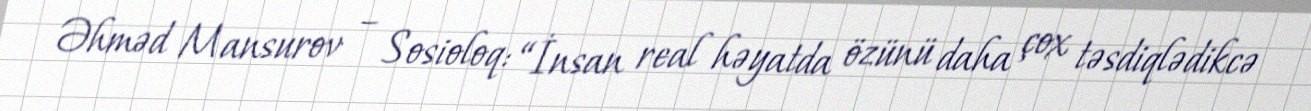
Əhməd Mansurov – Sosioloq: “İnsan real həyatda özünü daha çox təsdiqlədikcə